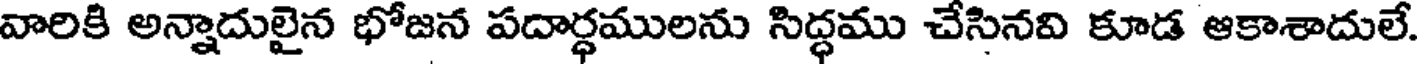
వారికి అన్నాదులైన భోజన పదార్ధములను సిద్ధము చేసినవి కూడ ఆకాశాదులే.